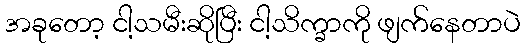
အခုတော့ ငါ့သမီးဆိုပြီး ငါ့သိက္ခာကို ဖျက်နေတာပဲ